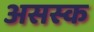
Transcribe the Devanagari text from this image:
असस्क